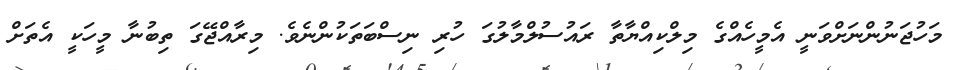
މަހުޖަނުންނަށްވަނީ އެމީހެއްގެ މިލްކިއްޔާތާ ރައުސުލްމާލުގަ ހުރި ނިސްބަތަކުންނެވެ. މިރާއްޖޭގަ ތިބުނާ މީހަކީ އެތަށް